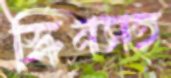
স্ক্রিনসহ